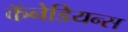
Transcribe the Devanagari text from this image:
कॅनेडियन्स